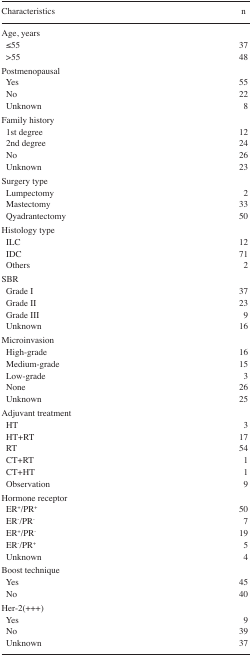
<table><thead><tr><td><b>Characteristics</b></td><td><b>n</b></td></tr></thead><tbody><tr><td colspan="2">Age, years</td></tr><tr><td> ≤55</td><td>37</td></tr><tr><td> &gt;55</td><td>48</td></tr><tr><td colspan="2">Postmenopausal</td></tr><tr><td> Yes</td><td>55</td></tr><tr><td> No</td><td>22</td></tr><tr><td> Unknown</td><td>8</td></tr><tr><td colspan="2">Family history</td></tr><tr><td> 1st degree</td><td>12</td></tr><tr><td> 2nd degree</td><td>24</td></tr><tr><td> No</td><td>26</td></tr><tr><td> Unknown</td><td>23</td></tr><tr><td colspan="2">Surgery type</td></tr><tr><td> Lumpectomy</td><td>2</td></tr><tr><td> Mastectomy</td><td>33</td></tr><tr><td> Qyadrantectomy</td><td>50</td></tr><tr><td colspan="2">Histology type</td></tr><tr><td> ILC</td><td>12</td></tr><tr><td> IDC</td><td>71</td></tr><tr><td> Others</td><td>2</td></tr><tr><td colspan="2">SBR</td></tr><tr><td> Grade I</td><td>37</td></tr><tr><td> Grade II</td><td>23</td></tr><tr><td> Grade III</td><td>9</td></tr><tr><td> Unknown</td><td>16</td></tr><tr><td colspan="2">Microinvasion</td></tr><tr><td> High-grade</td><td>16</td></tr><tr><td> Medium-grade</td><td>15</td></tr><tr><td> Low-grade</td><td>3</td></tr><tr><td> None</td><td>26</td></tr><tr><td> Unknown</td><td>25</td></tr><tr><td colspan="2">Adjuvant treatment</td></tr><tr><td> HT</td><td>3</td></tr><tr><td> HT+RT</td><td>17</td></tr><tr><td> RT</td><td>54</td></tr><tr><td> CT+RT</td><td>1</td></tr><tr><td> CT+HT</td><td>1</td></tr><tr><td> Observation</td><td>9</td></tr><tr><td colspan="2">Hormone receptor</td></tr><tr><td> ER<sup>+</sup>/PR<sup>+</sup></td><td>50</td></tr><tr><td> ER<sup>−</sup>/PR<sup>−</sup></td><td>7</td></tr><tr><td> ER<sup>+</sup>/PR<sup>−</sup></td><td>19</td></tr><tr><td> ER<sup>−</sup>/PR<sup>+</sup></td><td>5</td></tr><tr><td> Unknown</td><td>4</td></tr><tr><td colspan="2">Boost technique</td></tr><tr><td> Yes</td><td>45</td></tr><tr><td> No</td><td>40</td></tr><tr><td colspan="2">Her-2(+++)</td></tr><tr><td> Yes</td><td>9</td></tr><tr><td> No</td><td>39</td></tr><tr><td> Unknown</td><td>37</td></tr></tbody></table>